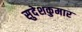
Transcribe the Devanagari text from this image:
सुदेशकुमार